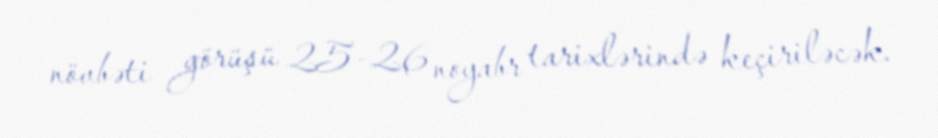
növbəti görüşü 25-26 noyabr tarixlərində keçiriləcək.